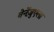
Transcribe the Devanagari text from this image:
वेनेंज़ुएला